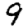
Digit: 9